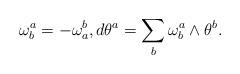
LaTeX: \begin{align*}\omega^a_b =- \omega^b_a, d \theta^a =\sum_b \omega^a_b \wedge \theta^b.\end{align*}